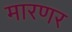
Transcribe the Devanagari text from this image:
मारणर